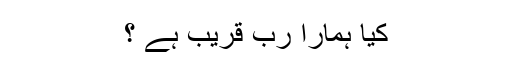
کیا ہمارا رب قریب ہے ؟